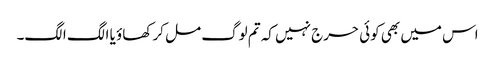
اس میں بھی کوئی حرج نہیں کہ تم لوگ مل کر کھاؤ یا الگ الگ۔